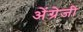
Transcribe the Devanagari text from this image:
अेंग्रेजी